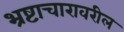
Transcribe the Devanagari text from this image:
भ्रष्टाचारावरील